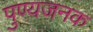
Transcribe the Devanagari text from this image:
पुण्यजनक